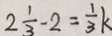
2 \frac { 1 } { 3 } - 2 = \frac { 1 } { 3 } k